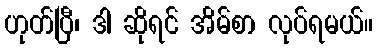
ဟုတ်ပြီ၊ ဒါ ဆိုရင် အိမ်စာ လုပ်ရမယ်။